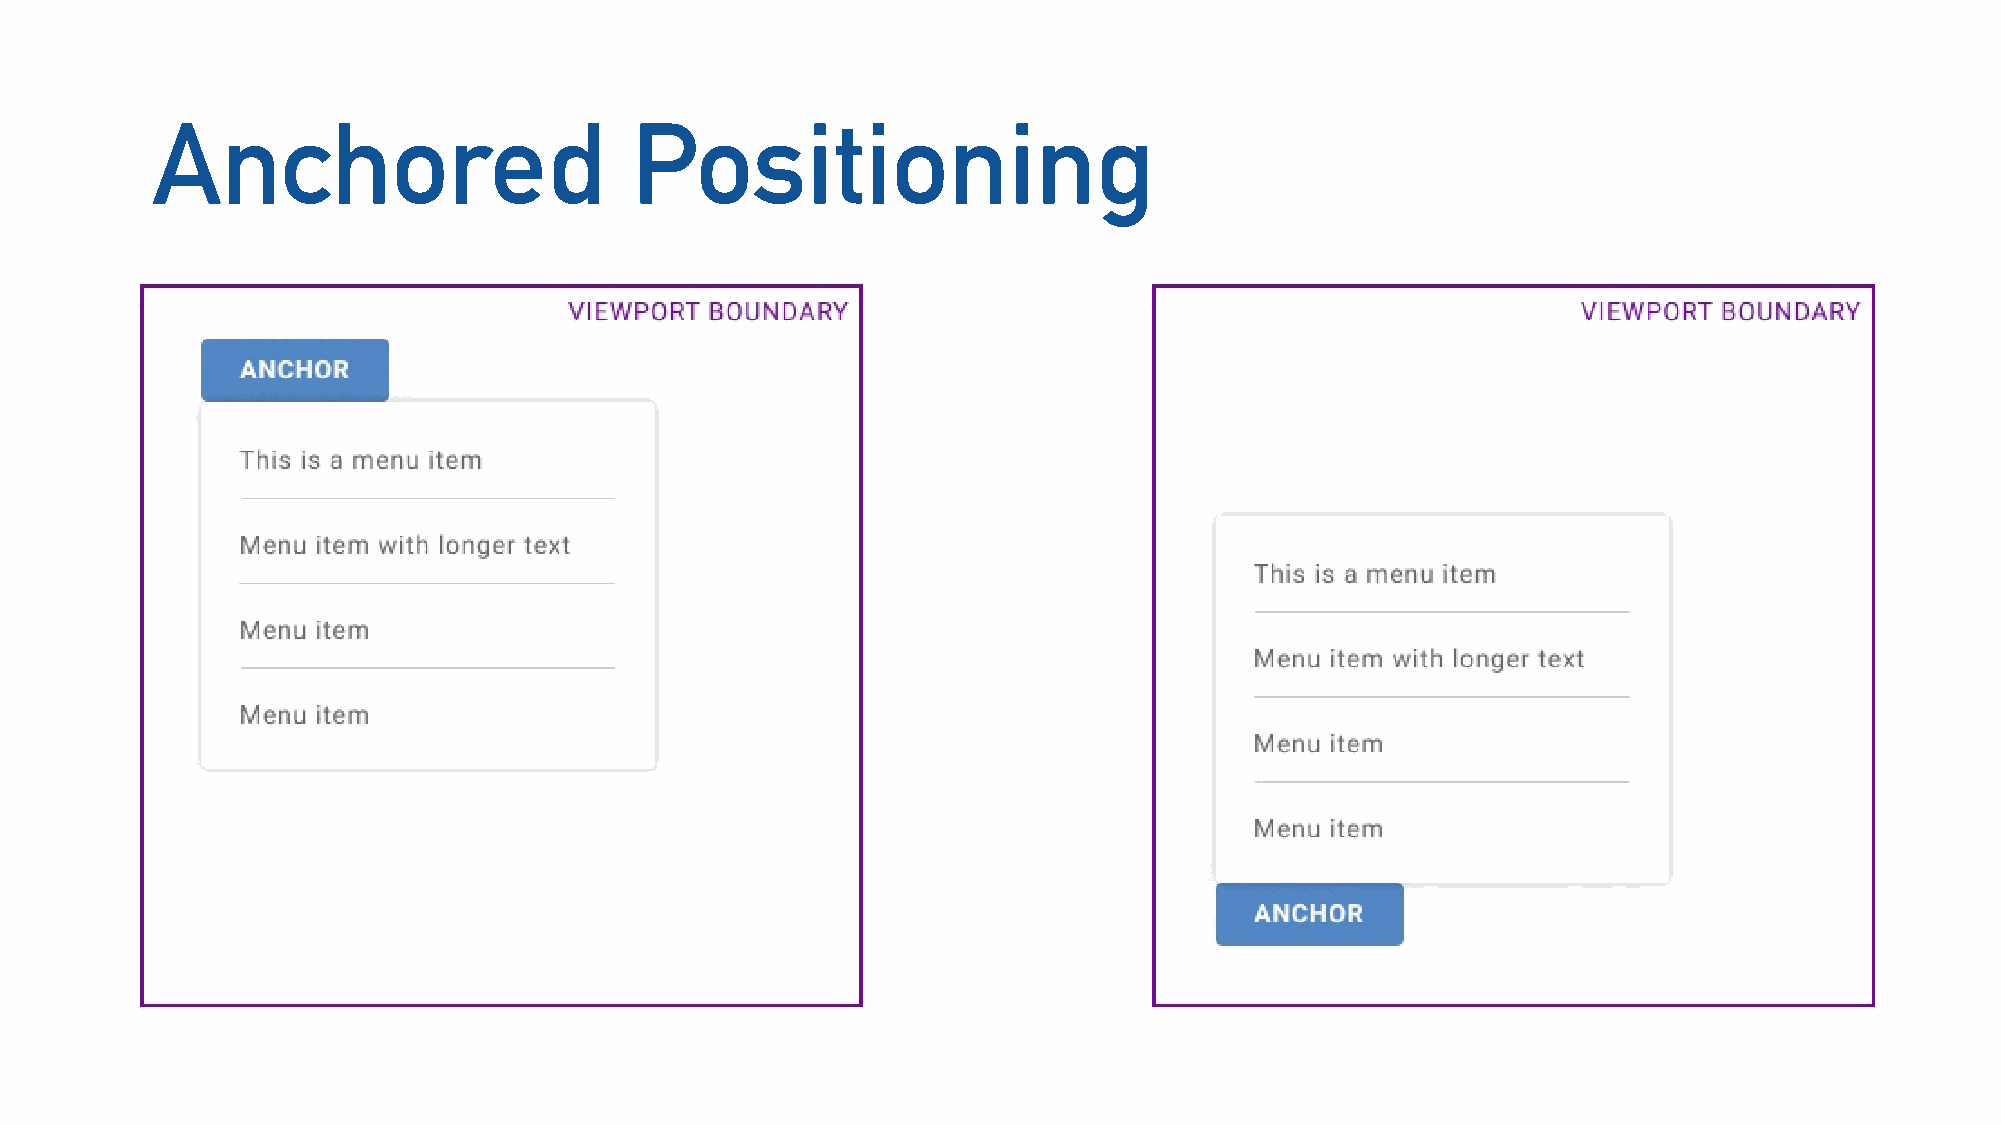
Anchored                        Positioning